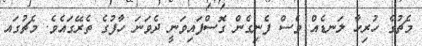
މެޗުގެ ހުރިހާ ލަނޑެއް ވެސް ފެނިގެން ގޮސްފައިވަނީ ދެވަނަ ހާފުގެ ތެރޭގައެވެ. މެޗުގައ